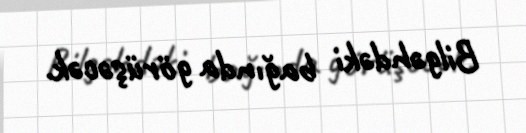
Bilgəhdəki bağında görüşəcək.